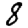
Digit: 8